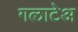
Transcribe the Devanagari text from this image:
गलाटेअ